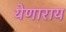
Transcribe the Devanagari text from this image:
येणाराय